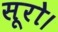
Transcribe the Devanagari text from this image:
सूरो।